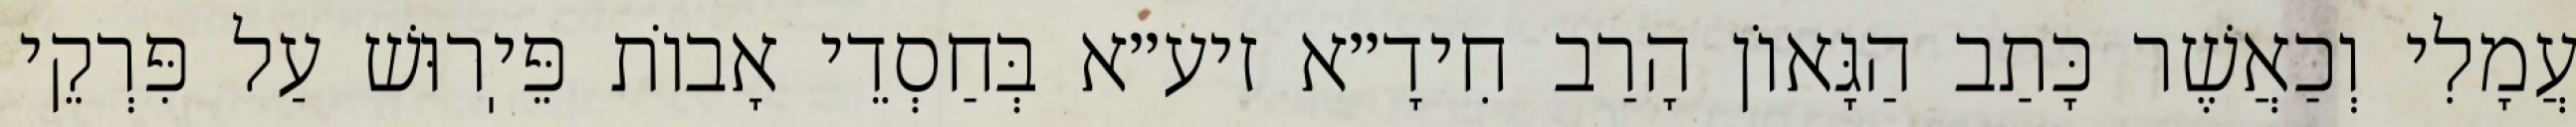
עֲמָלִי וְכַאֲשֶׁר כָּתַב הַגָּאוֹן הָרַב חִידָ״א זיע״א בְּחַסְדֵי אָבוֹת פֵּיֽרוּשׁ עַל פִּרְקֵי